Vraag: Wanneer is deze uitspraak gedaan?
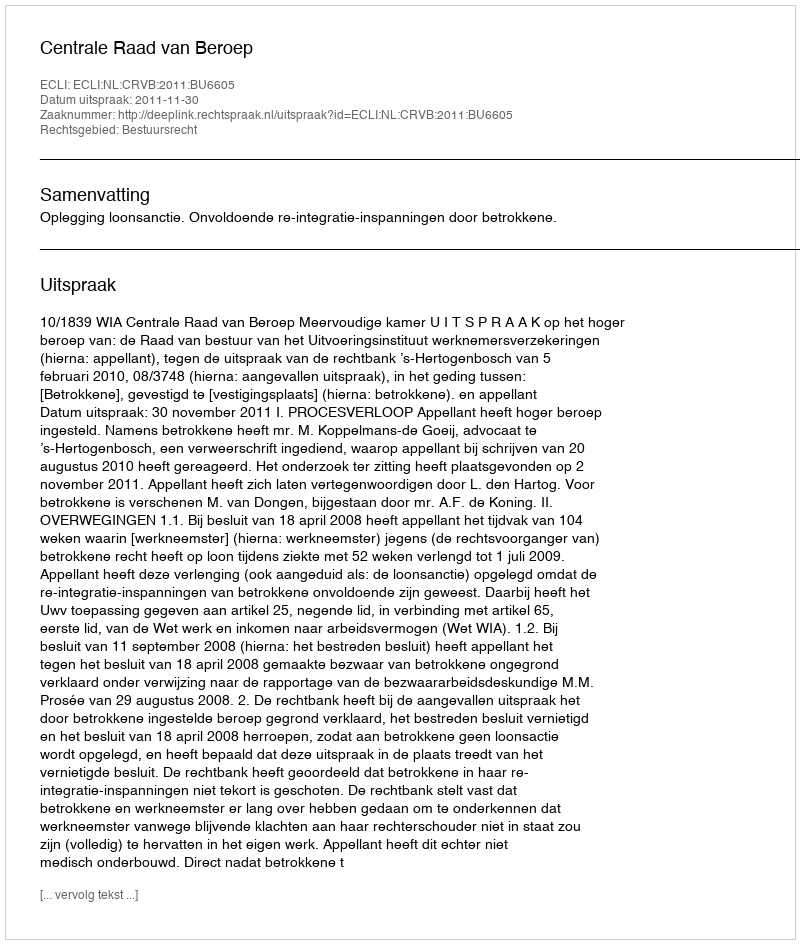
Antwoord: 2011-11-30